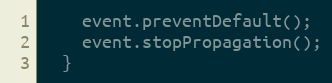
Language: JavaScript
    event.preventDefault();
    event.stopPropagation();
  }